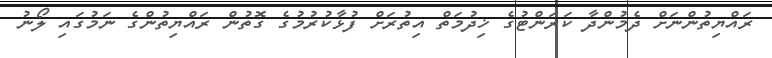
ރައްޔިތުންނަށް ދެމުންދާ ކަރަންޓުގެ ޚިދުމަތް އިތުރަށް ފުޅާކުރުމުގެ ގޮތުން ރައްޔިތުންގެ ނަމުގައި ލޯނު